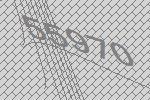
55970